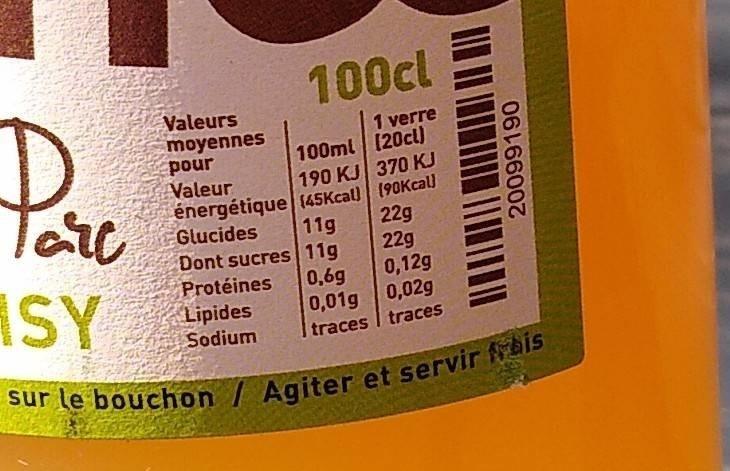
100cl
Valeurs moyennes pour Valeur
1 verre 100ml [20cl) 190 KJ 370 KJ
Tare ASY
énergétique (45Kcal) (90Kcal 11g
Glucides
22g
Dont sucres 11g Protéines
22g 0,12g
Lipides Sodium
0,6g 0,01g 0,02g traces I traces
sur le bouchọn / Agiter et servir frais